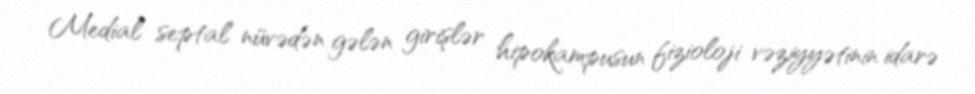
Medial septal nüvədən gələn girişlər hipokampusun fizioloji vəziyyətinin idarə